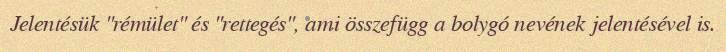
Jelentésük "rémület" és "rettegés", ami összefügg a bolygó nevének jelentésével is.